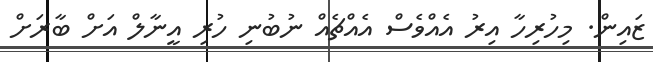
ޒައިން. މިހުރިހާ އިރު އެއްވެސް އެއްޗެއް ނުބުނި ހުރި އީނާލް އަށް ބާރަށް